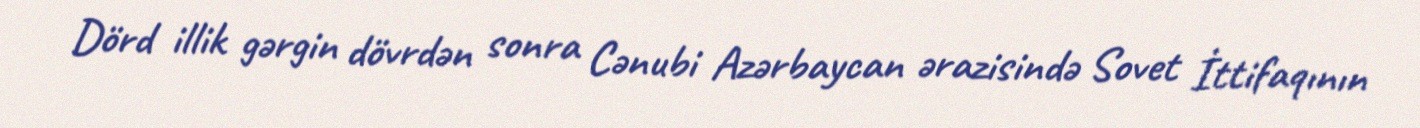
Dörd illik gərgin dövrdən sonra Cənubi Azərbaycan ərazisində Sovet İttifaqının